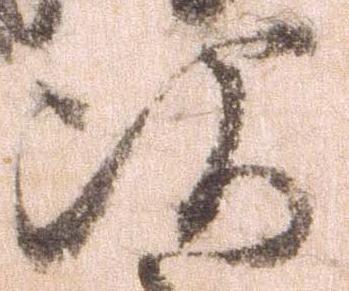
次